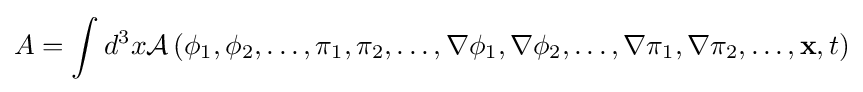
A=\int d^{3}x{\mathcal {A}}\left(\phi _{1},\phi _{2},\ldots ,\pi _{1},\pi _{2},\ldots ,\nabla \phi _{1},\nabla \phi _{2},\ldots ,\nabla \pi _{1},\nabla \pi _{2},\ldots ,\mathbf {x} ,t\right)